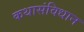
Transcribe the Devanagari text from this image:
कथासंविधान